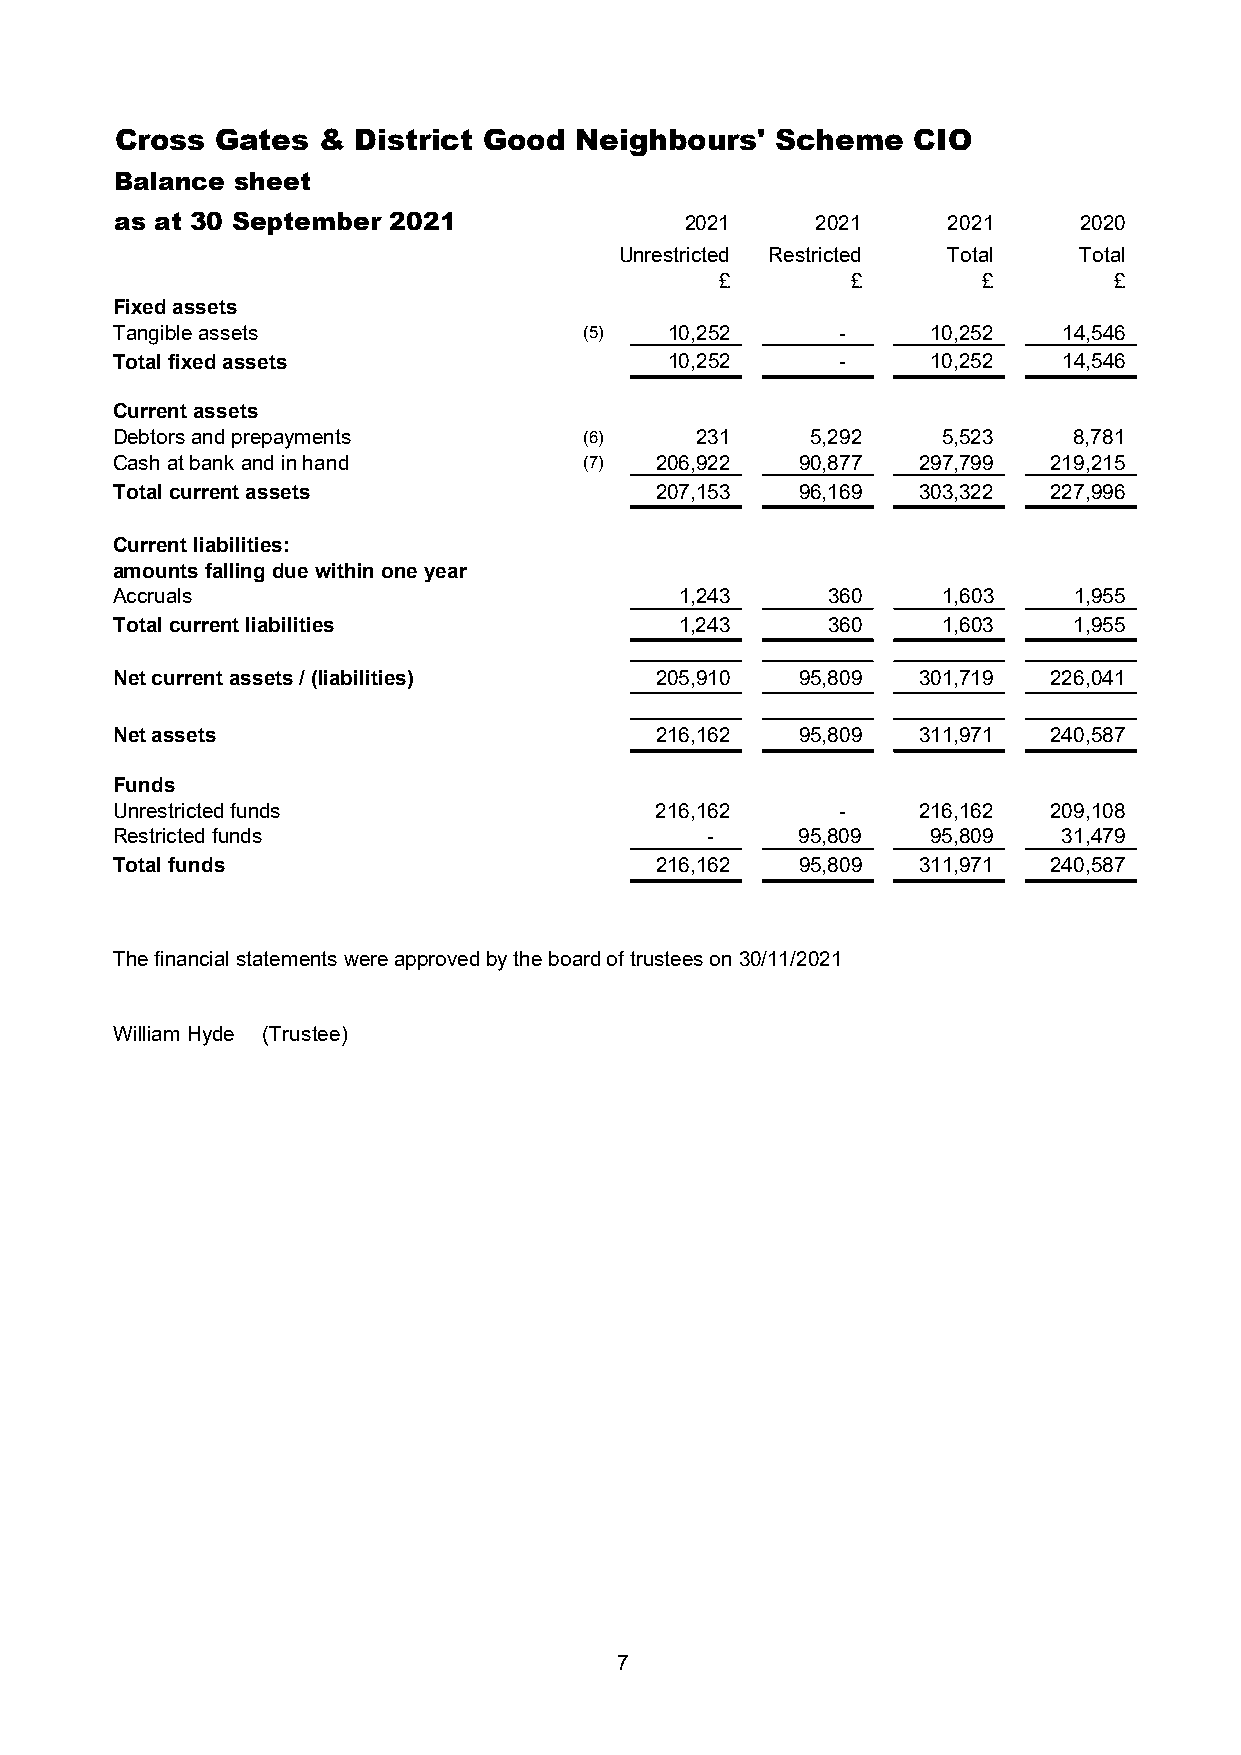
Cross Gates  &  District Good Neighbours'  Scheme   CIO
 Balance sheet
 as at 30 September 2021              2021     2021     2021    2020
 Unrestricted Restricted Total Total
 £       £        £        £
 Fixed assets
 Tangible assets                 (5)  10,252      -     10,252  14,546
 Total fixed assets                   10,252      -     10,252  14,546
 Current assets
 Debtors and prepayments         (6)    231     5,292   5,523    8,781
 Cash at bank and in hand        (7) 206,922   90,877  297,799  219,215
 Total current assets                207,153   96,169  303,322  227,996
 Current liabilities:
 amounts falling due within one year
 Accruals                              1,243     360    1,603    1,955
 Total current liabilities             1,243     360    1,603    1,955
 Net current assets / (liabilities)  205,910   95,809  301,719  226,041
 Net assets                          216,162   95,809  311,971  240,587
 Funds
 Unrestricted funds                  216,162      -    216,162  209,108
 Restricted funds                        -     95,809   95,809  31,479
 Total funds                         216,162   95,809  311,971  240,587
 The financial statements were approved by the board of trustees on 30/11/2021
 William Hyde (Trustee)
 7